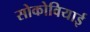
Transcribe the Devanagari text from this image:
सोकोवियाई